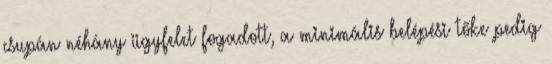
csupán néhány ügyfelet fogadott, a minimális belépési tőke pedig